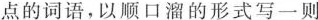
点的词语，以顺口溜的形式写一则